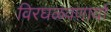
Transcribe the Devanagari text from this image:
विरघळवणार्या